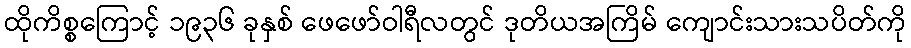
ထိုကိစ္စကြောင့် ၁၉၃၆ ခုနှစ် ဖေဖော်ဝါရီလတွင် ဒုတိယအကြိမ် ကျောင်းသားသပိတ်ကို